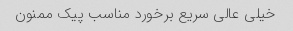
خیلی عالی سریع برخورد مناسب پیک ممنون